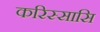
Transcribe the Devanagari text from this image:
करिस्सासि